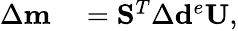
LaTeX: \begin{array}{rl}{\Delta\mathbf{m}}&{{}=\mathbf{S}^{T}\Delta\mathbf{d}^{e}\mathbf{U},}\end{array}